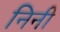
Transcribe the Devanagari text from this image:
निनी